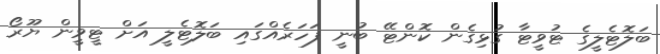
ބަލޮޓެލީގެ ޓުވީޓާ ގުޅިގެން ކޮންޓޭ ބުނީ ފަހަރެއްގައި ބަލޮޓެލީ އަށް ޓީވީން ޔޫރޯ